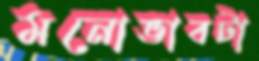
মনোভাবটা